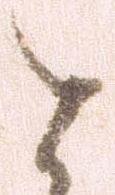
と